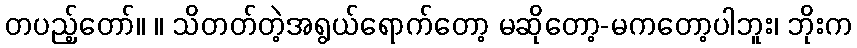
တပည့်တော်။ ။ သိတတ်တဲ့အရွယ်ရောက်တော့ မဆိုတော့-မကတော့ပါဘူး၊ ဘိုးက